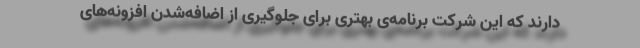
دارند که این شرکت برنامه‌ی بهتری برای جلوگیری از اضافه‌شدن افزونه‌های